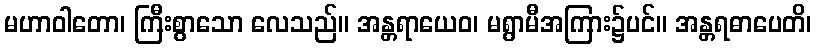
မဟာဝါတော၊ ကြီးစွာသော လေသည်။ အန္တရာယေဝ၊ မရွာမီအကြား၌ပင်။ အန္တရဓာပေတိ၊